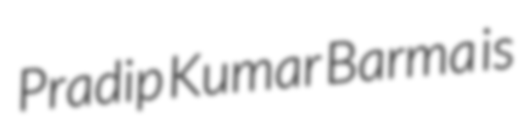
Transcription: Pradip Kumar Barma is